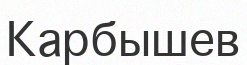
Карбышев